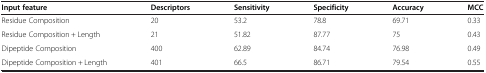
<table><thead><tr><td><b>Input feature</b></td><td><b>Descriptors</b></td><td><b>Sensitivity</b></td><td><b>Specificity</b></td><td><b>Accuracy</b></td><td><b>MCC</b></td></tr></thead><tbody><tr><td>Residue Composition</td><td>20</td><td>53.2</td><td>78.8</td><td>69.71</td><td>0.33</td></tr><tr><td>Residue Composition + Length</td><td>21</td><td>51.82</td><td>87.77</td><td>75</td><td>0.43</td></tr><tr><td>Dipeptide Composition</td><td>400</td><td>62.89</td><td>84.74</td><td>76.98</td><td>0.49</td></tr><tr><td>Dipeptide Composition + Length</td><td>401</td><td>66.5</td><td>86.71</td><td>79.54</td><td>0.55</td></tr></tbody></table>